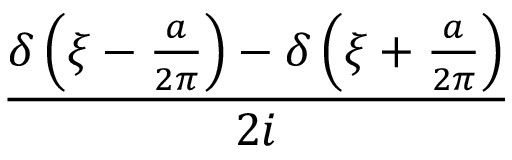
\frac { \delta \left( \xi - { \frac { a } { 2 \pi } } \right) - \delta \left( \xi + { \frac { a } { 2 \pi } } \right) } { 2 i }